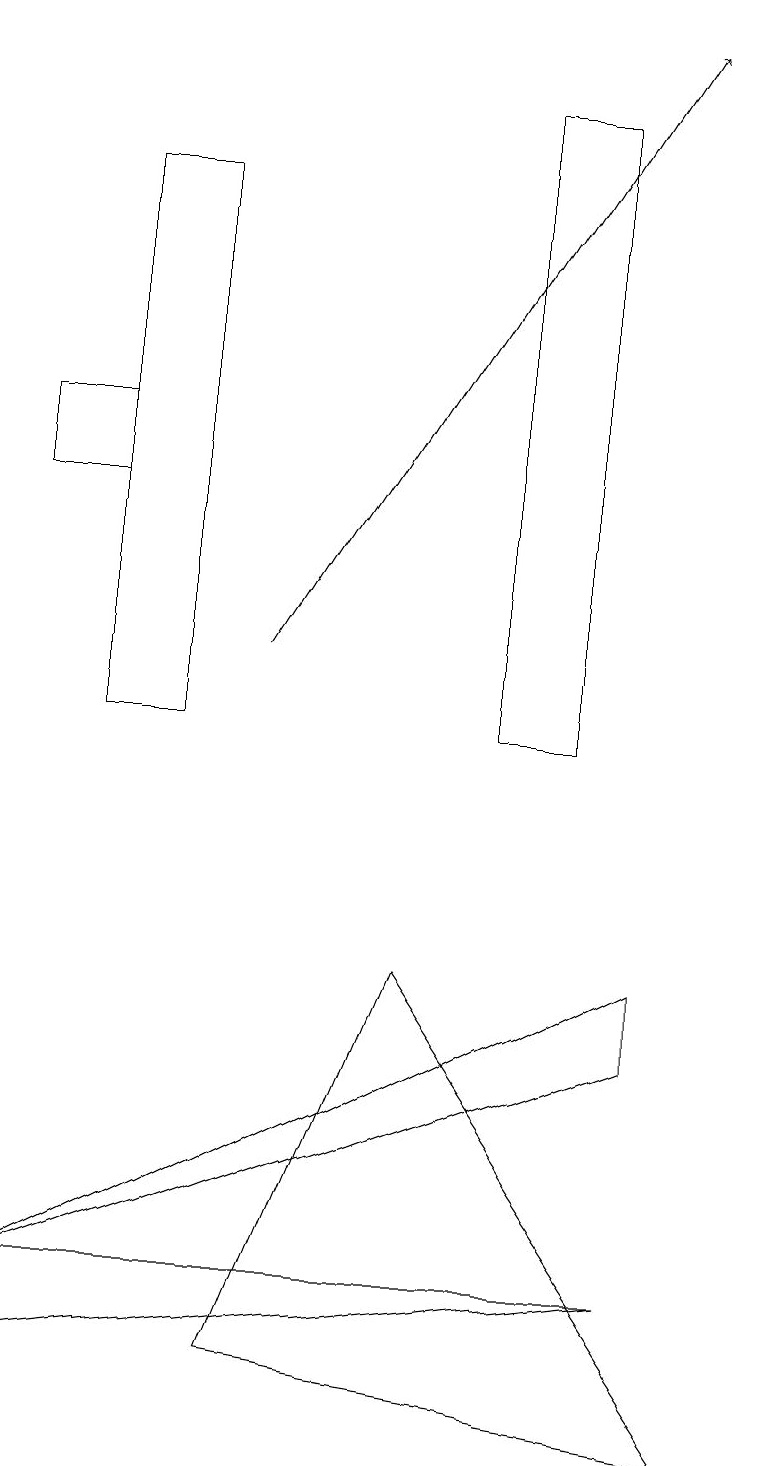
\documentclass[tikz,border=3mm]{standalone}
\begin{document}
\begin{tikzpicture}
\draw (1,14) rectangle (0,13);
\draw (8,3) -- (0,2) -- (0,3) -- cycle;
\draw[->] (3,11) -- (8,19);
\draw (1,10) rectangle (2,17);
\draw (3,2) -- (9,1) -- (5,7) -- cycle;
\draw (0,3) -- (8,6) -- (8,7) -- cycle;
\draw (6,10) rectangle (7,18);
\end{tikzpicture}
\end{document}